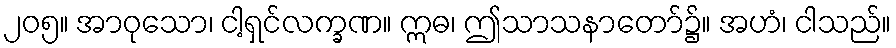
၂၀၅။ အာဝုသော၊ ငါ့ရှင်လက္ခဏ။ ဣဓ၊ ဤသာသနာတော်၌။ အဟံ၊ ငါသည်။